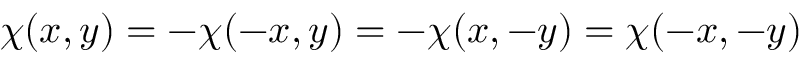
\chi ( x , y ) = - \chi ( - x , y ) = - \chi ( x , - y ) = \chi ( - x , - y )